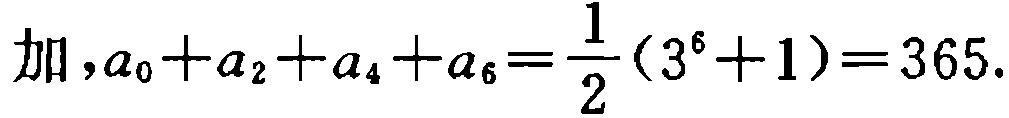
加, \(a_{0}+a_{2}+a_{4}+a_{6}=\frac{1}{2}(3^{6}+1)=365\).